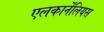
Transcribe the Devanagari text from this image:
एलकार्नेंलियस